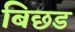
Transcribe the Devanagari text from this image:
बिछड